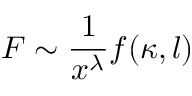
{ \cal F } \sim \frac { 1 } { x ^ { \lambda } } f ( \kappa , l )